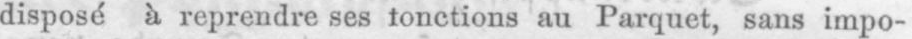
disposé à reprendre ses fonctions au Parquet, sans impo-